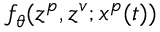
f _ { \theta } ( z ^ { p } , z ^ { v } ; x ^ { p } ( t ) )